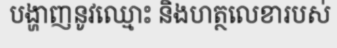
បង្ហាញនូវឈ្មោះ និងហត្ថលេខារបស់